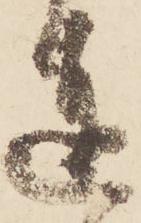
達